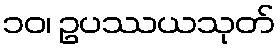
၁၀၊ ဥပဿယသုတ်